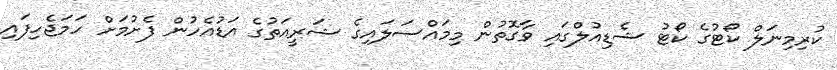
ކުރިމިނަލް ކޯޓުގެ ކޯޓު ޝެޑިއުލްގައި ވާގޮތުން މިމައްސަލައިގެ ޝަރީއަތުގެ އަޑުއެހުން ފެށުމަށް ހަމަޖެހިފައި